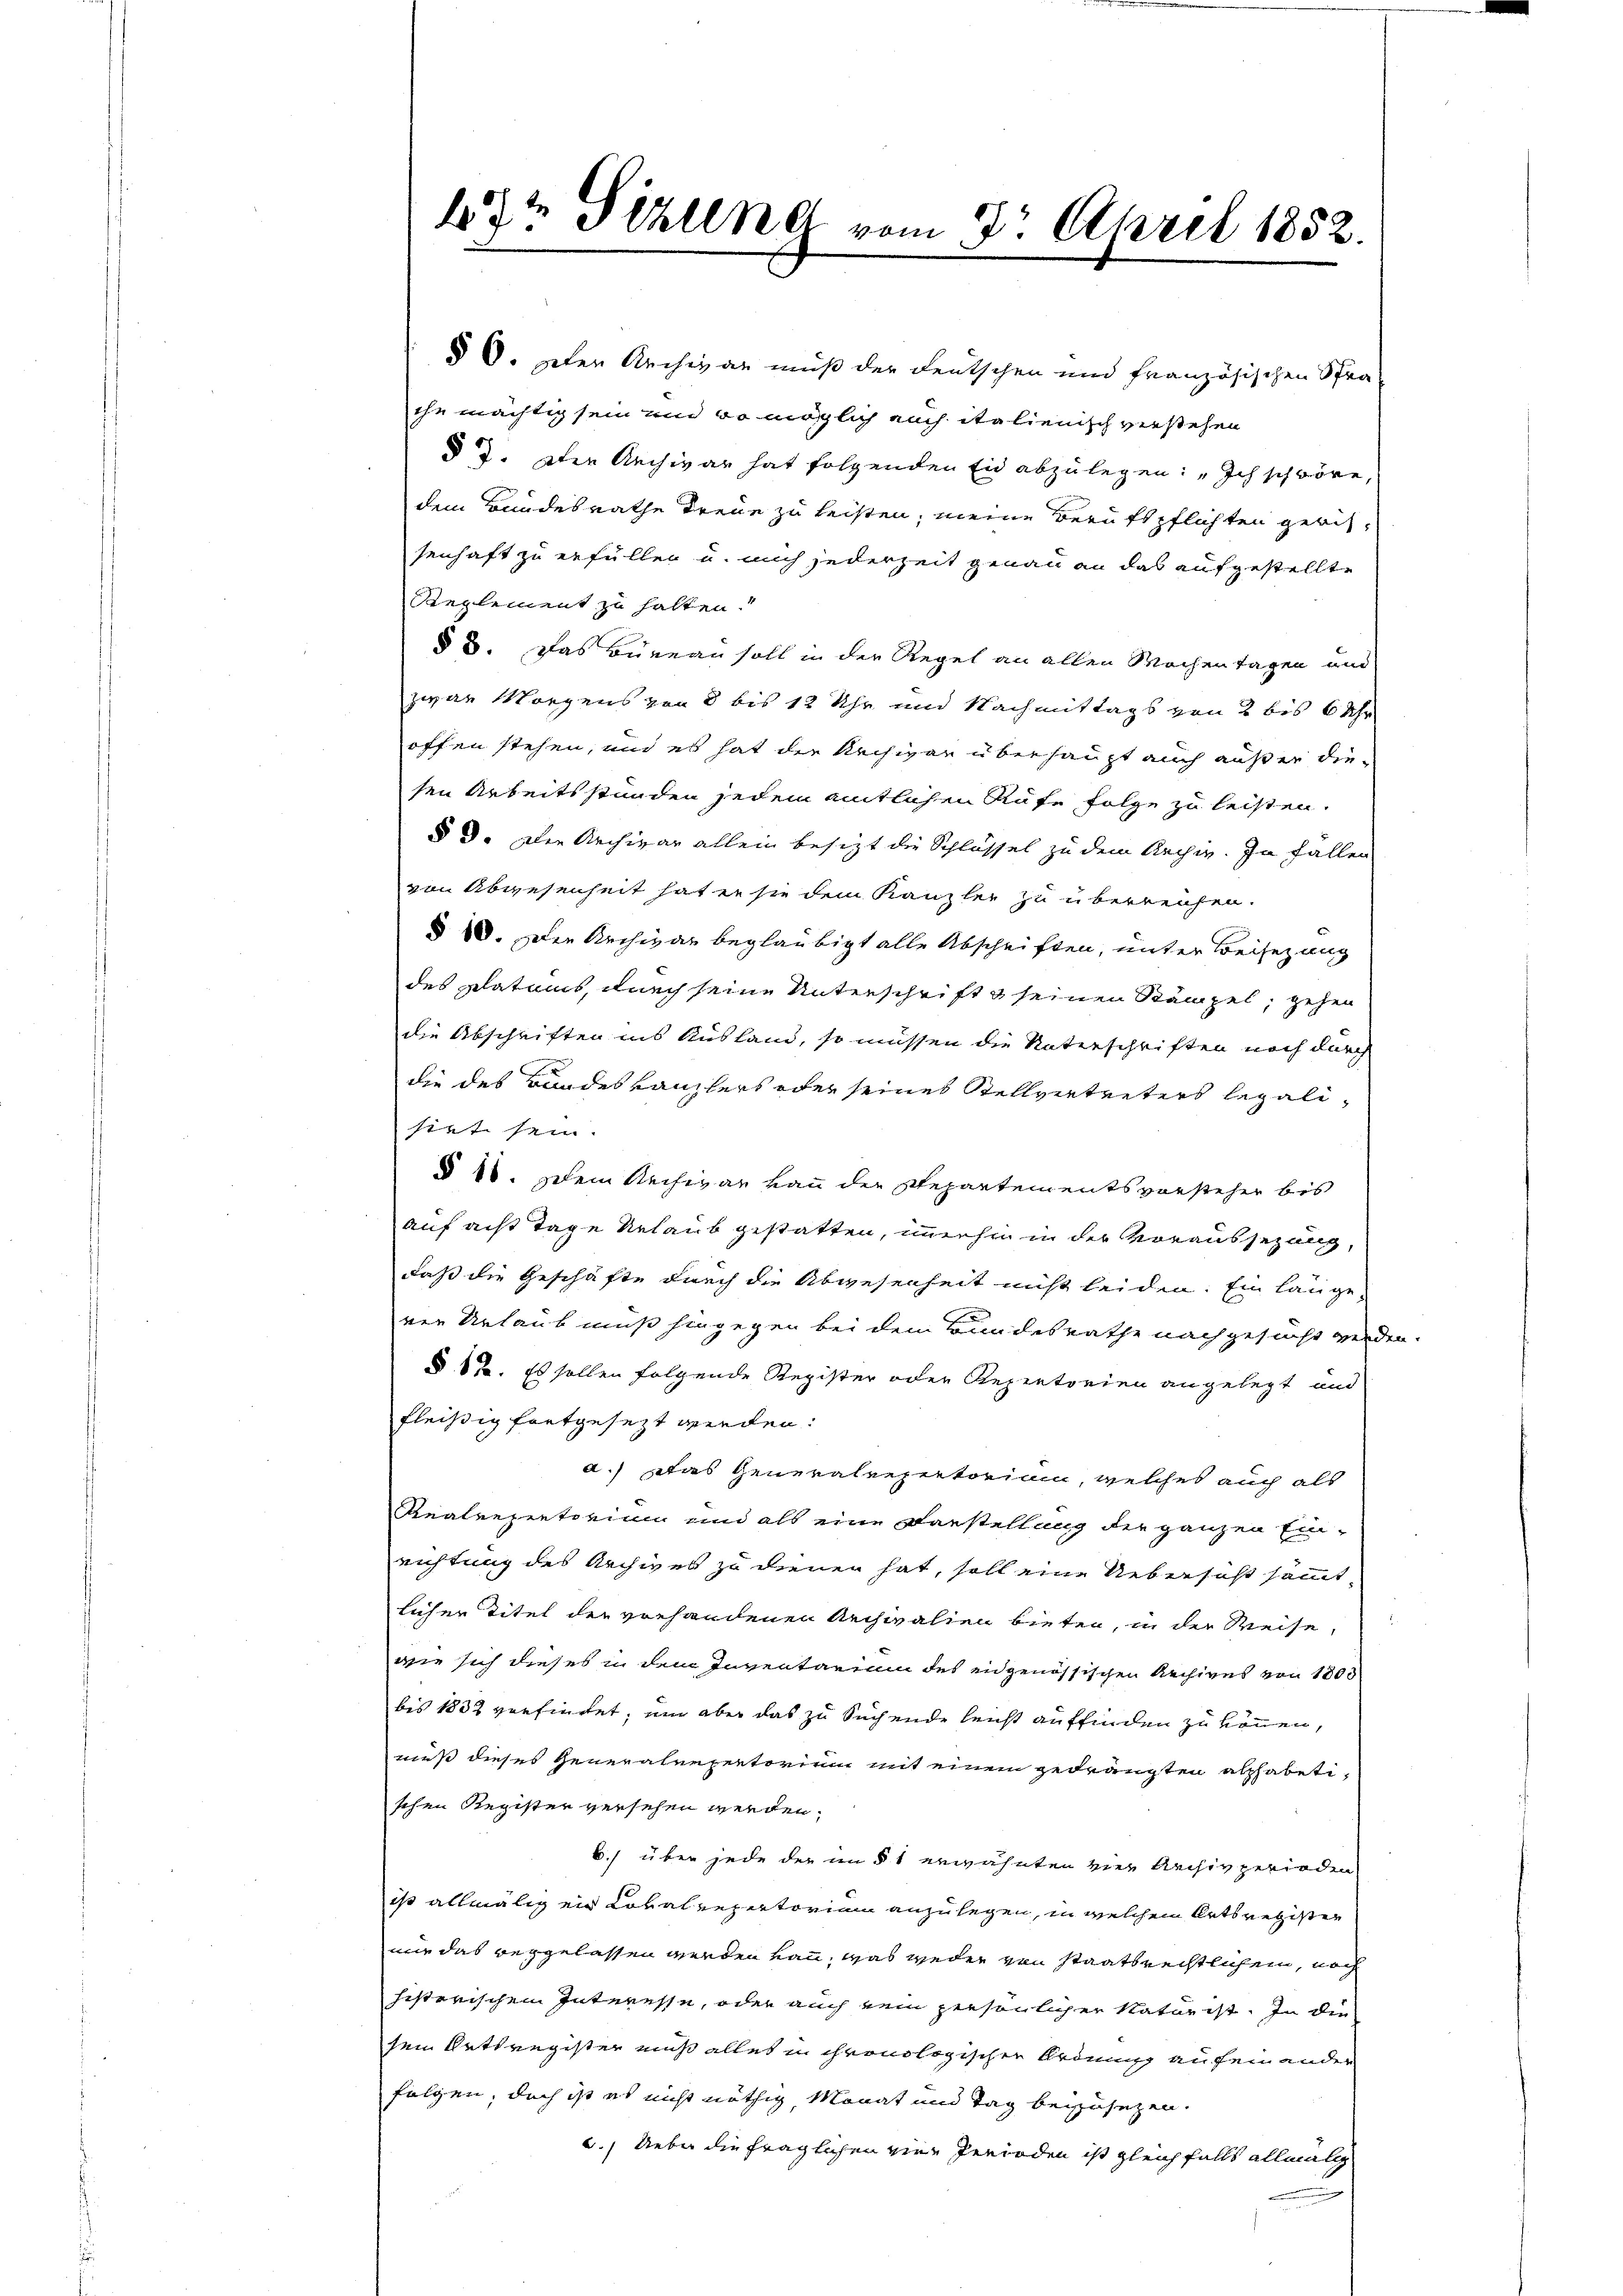
§ 6. Der Archivar muß der Deutschen und französischen Stra-
ihe mächtig sein und so möglich auch italienisch verstehen
d 3. Der Archivar hat folgenden Eid abzulegen: „Ich schwöre,
dem Bundesrathe Treue zu leisten, meine Beruftpflichten gerichsenhaft zu erfüllen u. mich jederzeit genau an das aufgestellte
Reglement zu halten.
§ 3. Das Büreau soll in der Regel an allen Wochentagen und
zwar Morgens von 8 bis 12 Uhr und Nachmittags von 2 bis 6 Uhr
offen stehen, und es hat der Archivar überhaupt auch außer die-
sen Arbeitsstunden jedem amtlichen Rufe folge zu leisten.
§ 3. Die Archivar allein besitzt die Schlüssel zu dem Archiv. In Fallen
von Abwesenheit hat er sie dem Kanzler zu überreichen.
§ 80. Der Archivar beglaubigt alle Abschriften, unter Beisezung
des Platans, durch seine Unterschrift & seinen Stämpel, gehen
die Abschriften ins Ausland, so müssen die Vaterschriften noch durch
die des Bandeskanzlers oder seines Stellvertreters legalisint sein.
§ 10. Dem Rechivar von der Repartementsvorsteher bis
auf acht Tage Urlaub gestatten, immerhin in der Voraussezung,
daß die Geschäfte durch die Abwesenheit nicht leiden. Ein längeven Urlaub muß hingegen bei dem Bundesrathe nachgesucht werden.
§ 87. Es sollen folgende Register oder Repertorien angelegt und
fleißig fortgesezt werden.
a.) Das Generalrepertorium, welches auch als
Realrepentorium und als eine Darstellung der ganzen Ein-
richtung des Archives zu dienen hat, soll eine Uebersast sammt-
licher Titel der vorhandenen Archivalien bieten, in der Weise,
wie sich dieses in dem Inventarium des ingenössischen Rechiges von 1800
bis 1832 verfietet, ein aber das zu Sachende leicht auffinden zu können,
mieß dieses Generaleepertorium mit einem gedrängten alphabetischen Register versehen werden.
6.) über jede der im § 1 erwähnten vier Archivperioden
ist allmälig ein Lokalrepertorium anzulegen, in welchem Ortsregister
nir das vergelassen werden kann, was weder von staatsrechtlichem, noch
histerischen Interesse, oder auch kein persönlicher Natur ist. In die
sein Ortsregister muß alles in chronologischen Ordnung aufein ander
folgen, doch ist es nicht nöthig, Monat und Tag beizusetzen.
6.) Ueber die fraglichen vier Perioden ist gleichfalls allmälig

13 Sizung vom 2. April 1852.